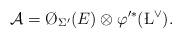
LaTeX: \begin{align*}\mathcal A=\O_{\Sigma'}(E)\otimes \varphi'^*{(\L^\vee)}.\end{align*}